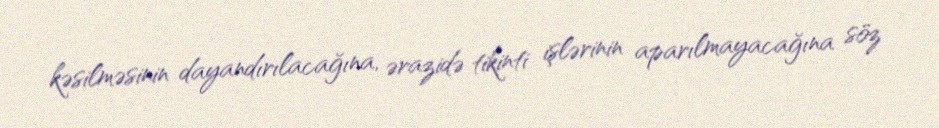
kəsilməsinin dayandırılacağına, ərazidə tikinti işlərinin aparılmayacağına söz